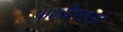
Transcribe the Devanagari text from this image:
आरडीएसओ